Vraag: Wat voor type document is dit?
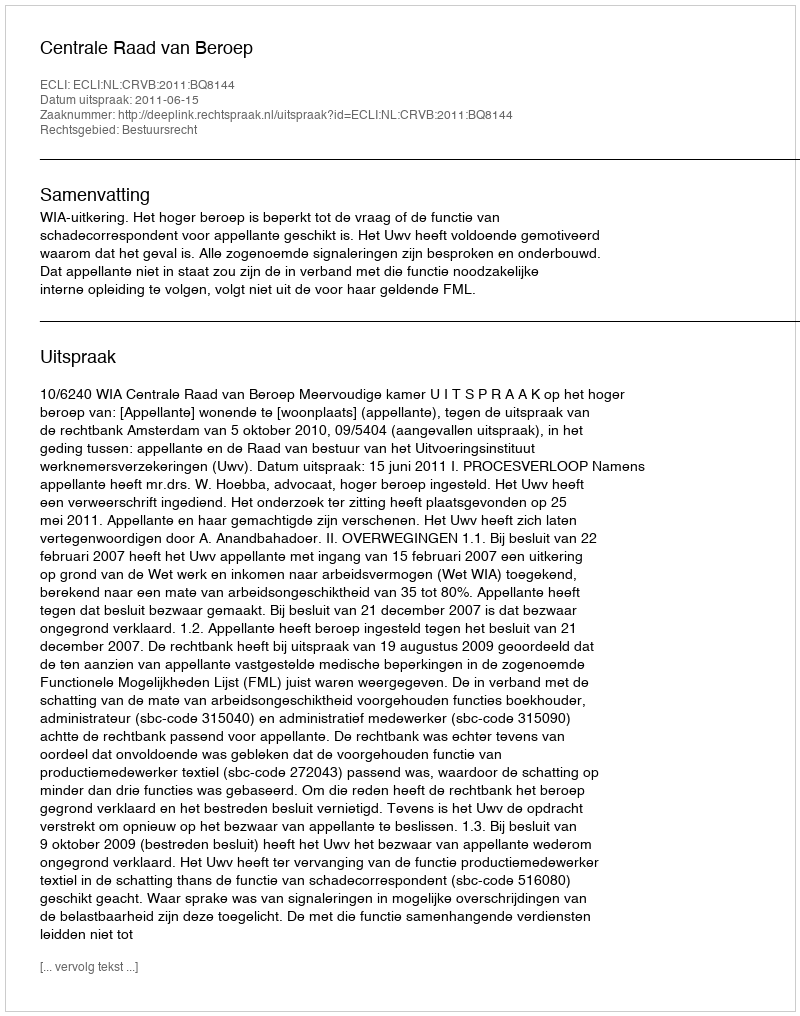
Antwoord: Uitspraak